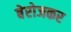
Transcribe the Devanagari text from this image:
बेरोजकर